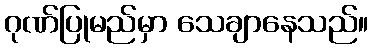
ဂုဏ်ပြုမည်မှာ သေချာနေသည်။